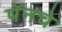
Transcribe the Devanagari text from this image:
पॅनचे